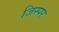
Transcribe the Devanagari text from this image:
जिस्पर